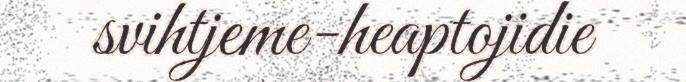
svihtjeme-heaptojidie